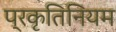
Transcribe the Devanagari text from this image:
प्रकृतिनियम